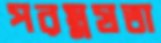
পরম্নষতা